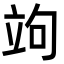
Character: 竘